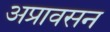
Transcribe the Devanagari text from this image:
अप्रावसन